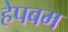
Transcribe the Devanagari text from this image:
हेपबम